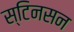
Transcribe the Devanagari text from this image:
स्टिनसन